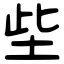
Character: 㘹